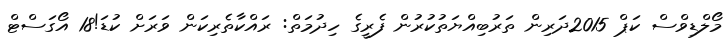
މޯލްޑިވްސް ކަޕް 2015ދަރިން ތަރުބިއްޔަތުކުރުން ފެރީގެ ހިދުމަތް: ރައްކާތެރިކަން ވަރަށް ކުޑަ!18 އޯގަސްޓް